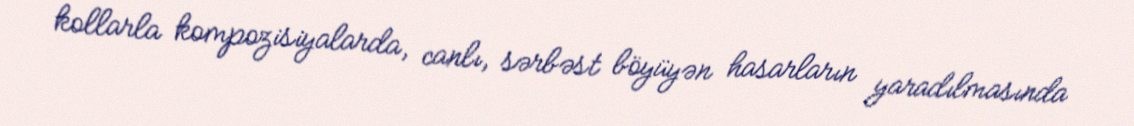
kollarla kompozisiyalarda, canlı, sərbəst böyüyən hasarların yaradılmasında